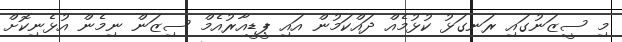
މި ސީޒަނުގައި ރަނގަޅު ކުޅުމެއް ދައްކަމުން އައި ޕީޑީއާރުއެމް ސިޒަން ނިމެން އުޅެނިކޮށް